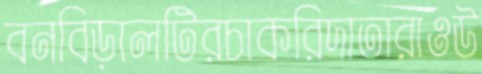
বনবিড়ালটিরচাকরিদাতারাওউ